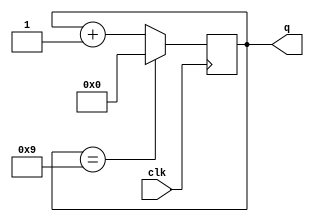
//listing all inputs and outputs, by convention outputs go first

module decade_counter(q, clk);
	output reg[3:0] q = 0;			// telling the compiler which lines are inputs and outputs
	input clk;
	always @(posedge clk)
		q <= q == 9 ? 0 : q + 1;
endmodule

module decoded_counter(ctrl, clk);
	output ctrl;				// Tells the compiler which lines are inputs and outputs
	input clk;
	reg [3:0] count_value = 0;
	always @(posedge clk)
		count_value <= count_value + 1;
		assign ctrl = count_value == 4'b0111 || count_value == 4'b1011;
endmodule